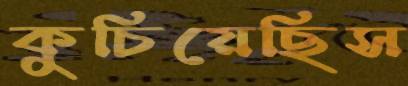
কুচিয়েছিস